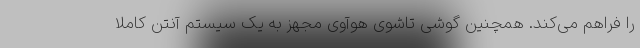
را فراهم می‌کند. همچنین گوشی تاشوی هوآوی مجهز به یک سیستم آنتن کاملا